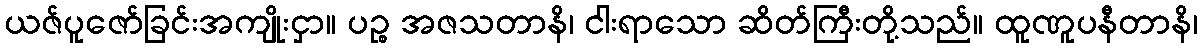
ယဇ်ပူဇော်ခြင်းအကျိုးငှာ။ ပဉ္စ အဇသတာနိ၊ ငါးရာသော ဆိတ်ကြီးတို့သည်။ ထူဏူပနီတာနိ၊